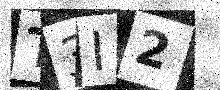
Text: T3I2